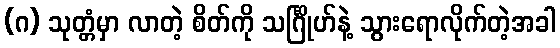
(ဂ) သုတ္တံမှာ လာတဲ့ စိတ်ကို သင်္ဂြိုဟ်နဲ့ သွားရောလိုက်တဲ့အခါ